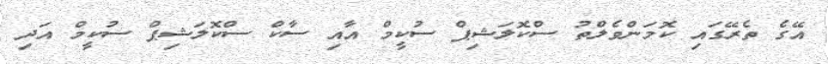
އޭގެ ތެރޭގައި ކޮމަންވެލްތު ސްކޮލަޝިޕް ސުކީމް އާއި ސާކް ސްކޮލަޝިޕް ސުކީމް އަދި